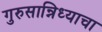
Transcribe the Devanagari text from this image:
गुरुसान्निध्याचा